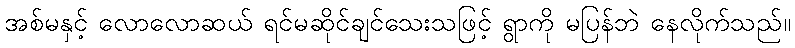
အစ်မနှင့် လောလောဆယ် ရင်မဆိုင်ချင်သေးသဖြင့် ရွာကို မပြန်ဘဲ နေလိုက်သည်။